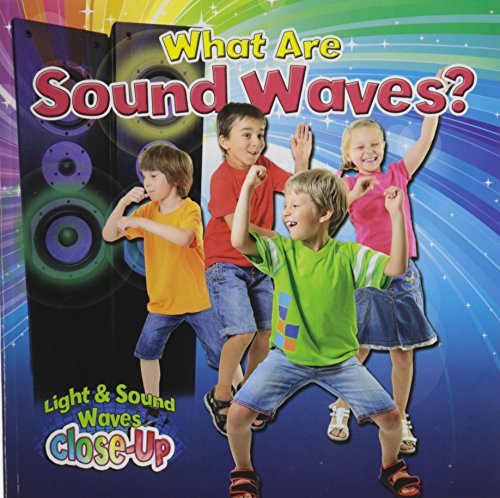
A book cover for What Are Sound Waves? (Light & Sound Waves Close-Up); Robin Johnson; Children's Books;